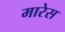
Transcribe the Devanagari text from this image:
मारेस